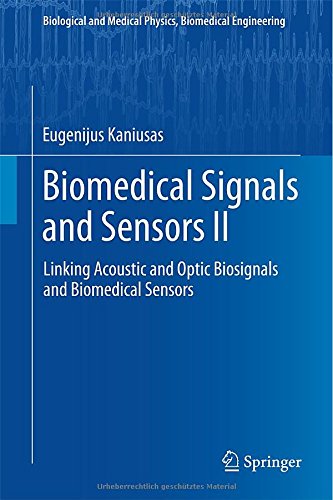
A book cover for Biomedical Signals and Sensors II: Linking Acoustic and Optic Biosignals and Biomedical Sensors (Biological and Medical Physics, Biomedical Engineering); Eugenijus Kaniusas; Science & Math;